Civil Veterinary Dept. Assam report 1927-50 - 1927-1950
Year: 1927
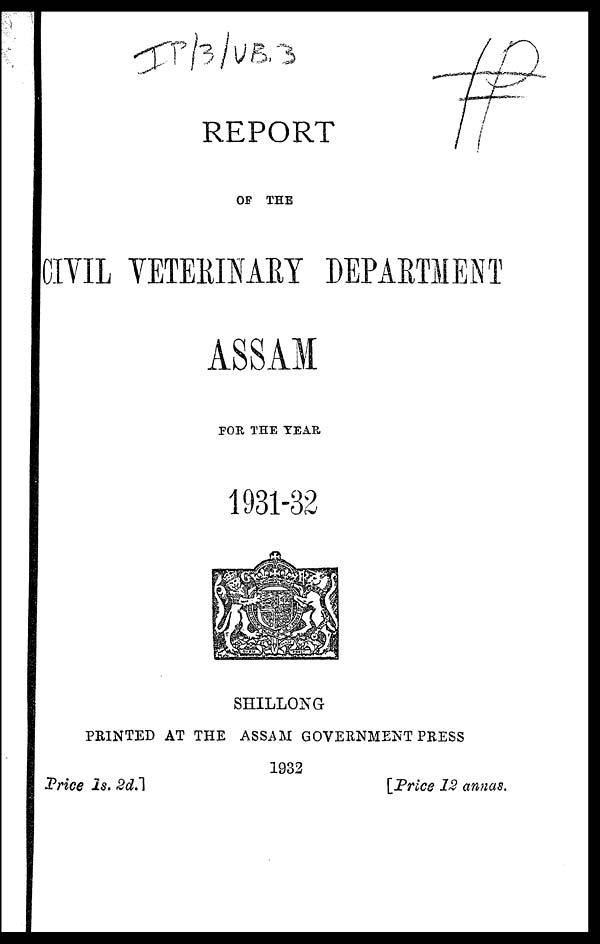
REPORT
OF THE
CIVIL VETERINARY DEPARTMENT
ASSAM
FOR THE YEAR
1931-32
SHILLONG
PRINTED AT THE ASSAM GOVERNMENT PRESS
1932
Price is .
2d.]
[Price
12 annas,